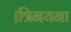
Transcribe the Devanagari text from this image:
।त्रिनयना